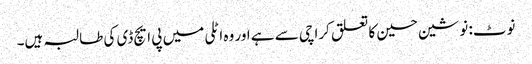
نوٹ: نوشین حسین کا تعلق کراچی سے ہے اور وہ اٹلی میں پی ایچ ڈی کی طالبہ ہیں۔